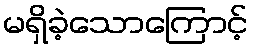
မရှိခဲ့သောကြောင့်